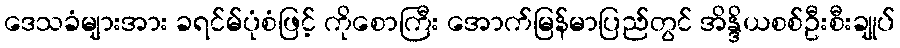
ဒေသခံများအား ခရင်မ်ပုံစံဖြင့် ကိုစောကြီး အောက်မြန်မာပြည်တွင် အိန္ဒိယစစ်ဦးစီးချုပ်